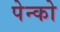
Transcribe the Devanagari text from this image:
पेन्को